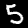
Digit: 5